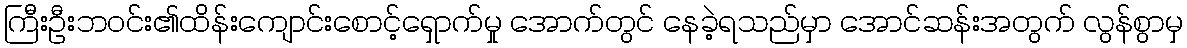
ကြီးဦးဘဝင်း၏ထိန်းကျောင်းစောင့်ရှောက်မှု အောက်တွင် နေခဲ့ရသည်မှာ အောင်ဆန်းအတွက် လွန်စွာမှ